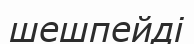
шешпейді